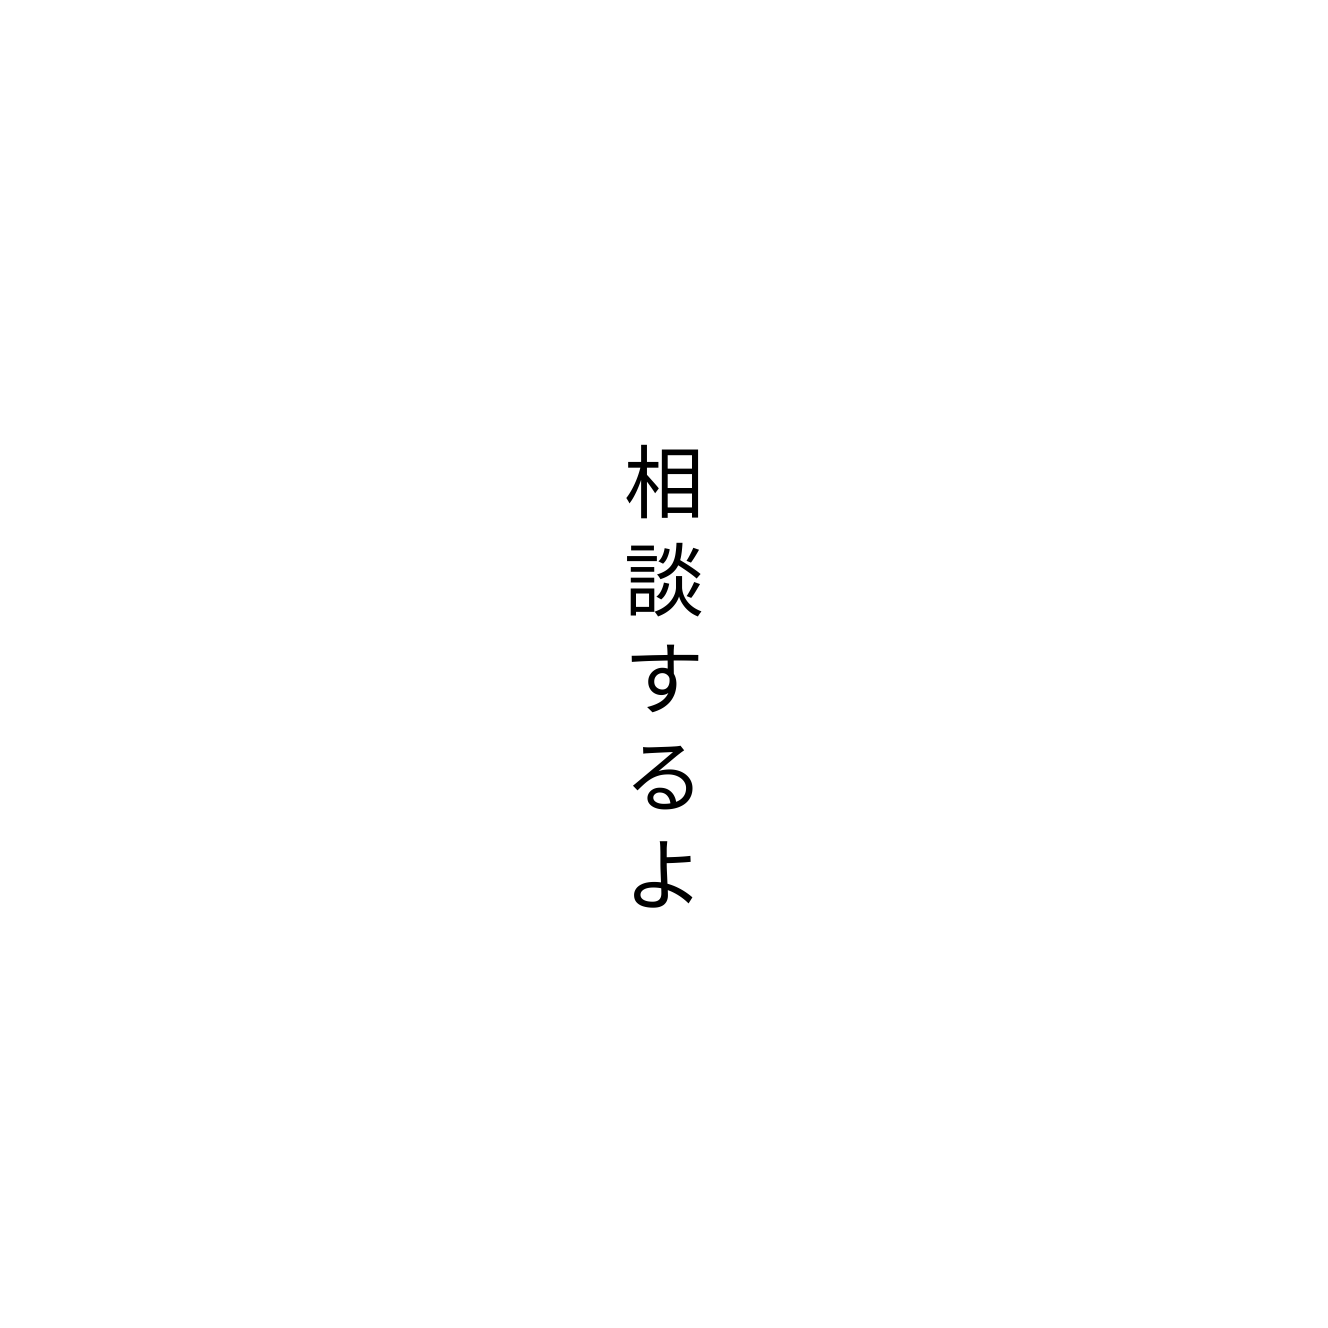
相談するよ